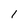
Character: 1